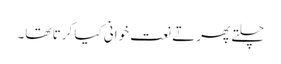
چلتے پھرتے نعت خوانی کیا کرتا تھا۔